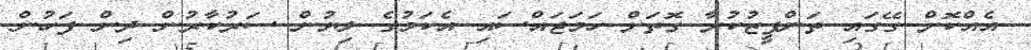
އެއްކޮށް ގޭގައި ތަންފީޒުކުރާ ގޮތަށް ހަމަޖައްސައި އެކަމުގެ ލިޔުން ސަރުކާރުން ދިން ފަހުން